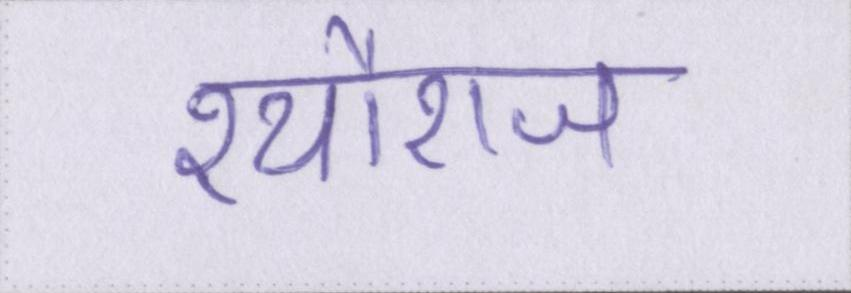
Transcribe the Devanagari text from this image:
श्यौराज